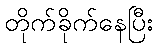
တိုက်ခိုက်နေပြီး